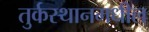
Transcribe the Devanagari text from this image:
तुर्कस्थानमधील